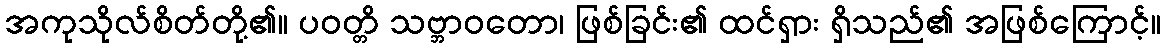
အကုသိုလ်စိတ်တို့၏။ ပဝတ္တိ သဗ္ဘာဝတော၊ ဖြစ်ခြင်း၏ ထင်ရှား ရှိသည်၏ အဖြစ်ကြောင့်။